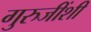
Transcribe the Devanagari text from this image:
गुरुजींशी